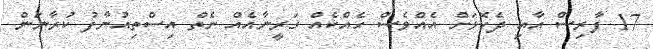
17 ފާރިސް އާއި ދެކޮޅަށް އެއްވެސް ހެއްކެއް ގަރީނާއެއް ނެތް އިސްތިއުނާފު ކުރާނަން